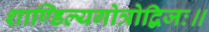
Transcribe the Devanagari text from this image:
शाण्डिल्यगोत्रोद्विजः॥